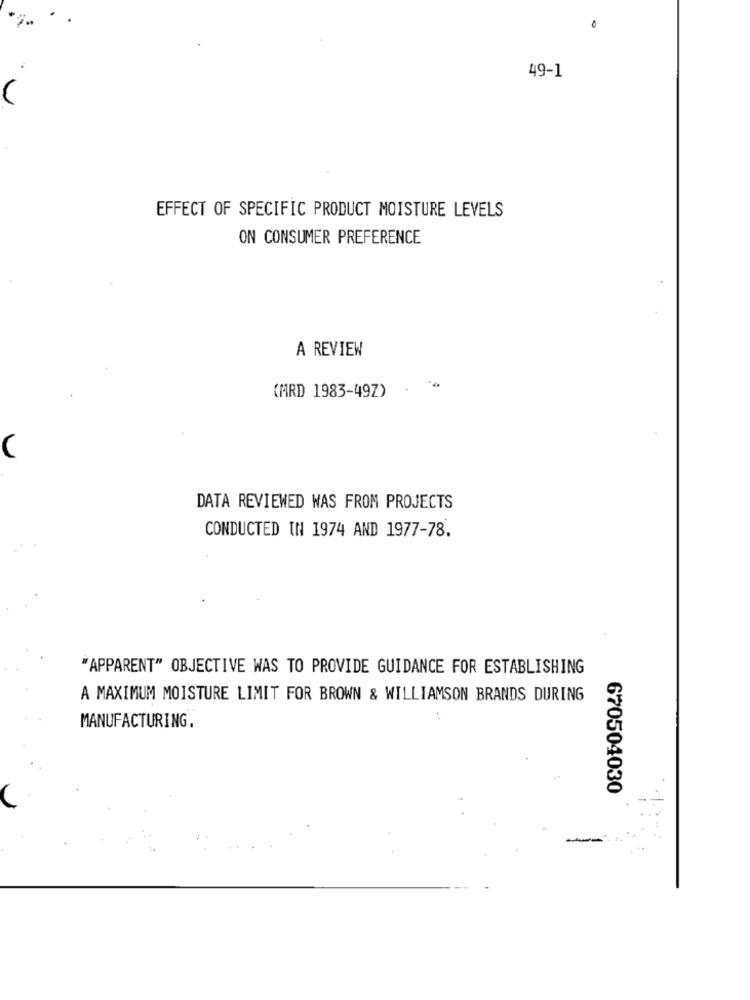
49-1
EFFECT OF SPECIFIC PRODUCT MOISTURE LEVELS
ON CONSUMER PREFERENCE
A REVIEW
(MRD 1983-49Z)
DATA REVIEWED WAS FROM PROJECTS
CONDUCTED IN 1974 AND 1977-78.
'APPARENT" OBJECTIVE WAS TO PROVIDE GUIDANCE FOR ESTABLISHING
A MAXIMUM MOISTURE LIMIT FOR BROWN & WILLIAMSON BRANDS DURING
. .
MANUFACTURING.
670504030